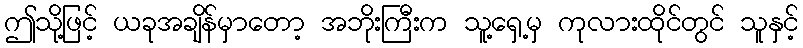
ဤသို့ဖြင့် ယခုအချိန်မှာတော့ အဘိုးကြီးက သူ့ရှေ့မှ ကုလားထိုင်တွင် သူနှင့်